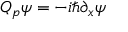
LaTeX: Q _ { p } \psi = - i \hbar \partial _ { x } \psi ~